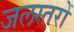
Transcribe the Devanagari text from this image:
जलस्तरों